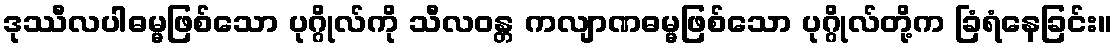
ဒုဿီလပါဓမ္မဖြစ်သော ပုဂ္ဂိုလ်ကို သီလဝန္တ ကလျာဏဓမ္မဖြစ်သော ပုဂ္ဂိုလ်တို့က ခြံရံနေခြင်း။